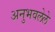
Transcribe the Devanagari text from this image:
अनुभवलेले